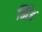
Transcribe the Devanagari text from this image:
मिंह